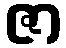
ဇာ